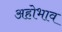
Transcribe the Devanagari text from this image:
अहोभाव